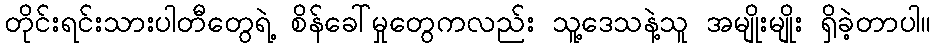
တိုင်းရင်းသားပါတီတွေရဲ့ စိန်ခေါ်မှုတွေကလည်း သူ့ဒေသနဲ့သူ အမျိုးမျိုး ရှိခဲ့တာပါ။